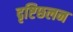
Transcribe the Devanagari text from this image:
दृष्टिछलन